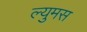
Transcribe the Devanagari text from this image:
ल्युमस